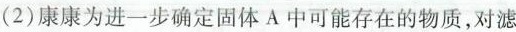
(2)康康为进一步确定固体A中可能存在的物质，对滤